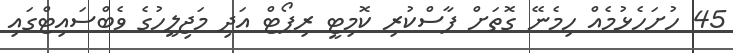
45 ހުށަހެޅުމެއް ހިމެނޭ ގޮތަށް ފާސްކުރި ކޮމިޓީ ރިޕޯޓް އަދި މަޖިލީހުގެ ވެބްސައިޓްގައި